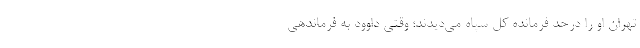
تهران او را درحد فرمانده کل سپاه می‌دیدند؛ وقتی داوود به فرماندهی